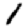
Digit: 1